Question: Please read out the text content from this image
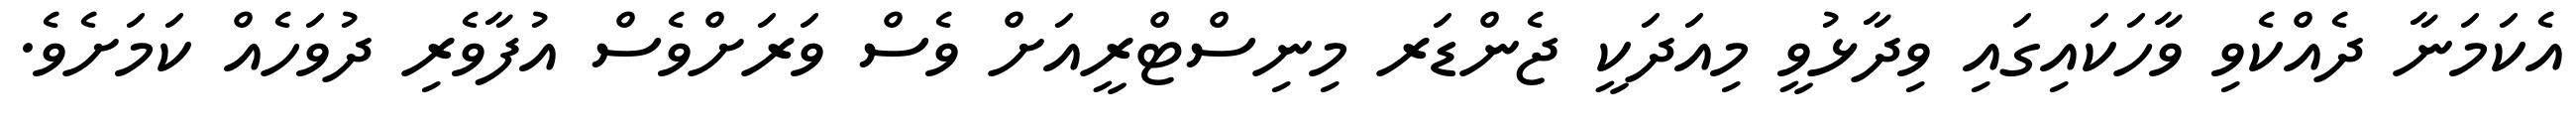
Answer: އެކަމަނާ ދެއްކެވި ވާހަކައިގައި ވިދާޅުވީ މިއަދަކީ ޖެންޑަރ މިނިސްޓްރީއަށް ވެސް ވަރަށްވެސް އުފާވެރި ދުވަހެއް ކަމަށެވެ.